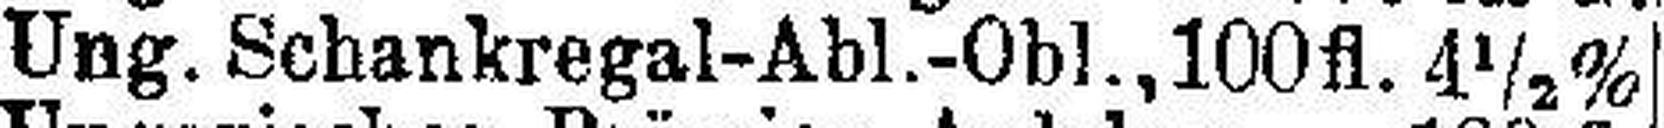
Ung. Schankregal-Abl.-Obl., 100 fl. 4½%